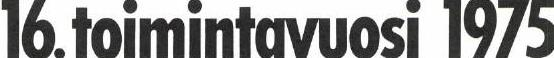
16.toimintavuosi 1975